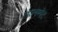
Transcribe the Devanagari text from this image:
तेयनम्पेट